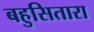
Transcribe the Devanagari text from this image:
बहुसितारा